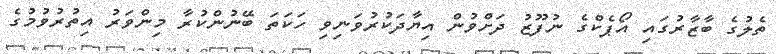
ތެލުގެ ބާޒާރުގައި އޯޕެކްގެ ނުފޫޒު ދަށްވުން އިޔާދަކުރުވަނިވި ހަކަތަ ބޭނުންކުރާ މިންވަރު އިތުރުވުމުގެ